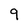
Character: 9